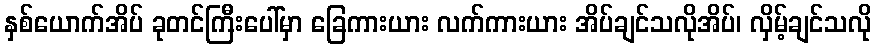
နှစ်ယောက်အိပ် ခုတင်ကြီးပေါ်မှာ ခြေကားယား လက်ကားယား အိပ်ချင်သလိုအိပ်၊ လှိမ့်ချင်သလို